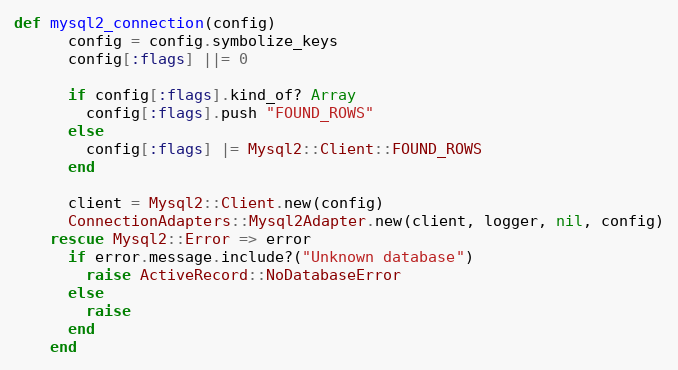
Language: Ruby
def mysql2_connection(config)
      config = config.symbolize_keys
      config[:flags] ||= 0

      if config[:flags].kind_of? Array
        config[:flags].push "FOUND_ROWS"
      else
        config[:flags] |= Mysql2::Client::FOUND_ROWS
      end

      client = Mysql2::Client.new(config)
      ConnectionAdapters::Mysql2Adapter.new(client, logger, nil, config)
    rescue Mysql2::Error => error
      if error.message.include?("Unknown database")
        raise ActiveRecord::NoDatabaseError
      else
        raise
      end
    end